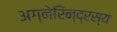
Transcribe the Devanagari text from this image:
अग्नेरिन्द्रस्य